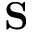
{ \bf S }